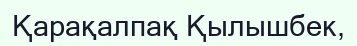
Қарақалпақ Қылышбек,